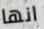
انها